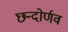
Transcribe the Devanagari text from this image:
छन्दोर्णव